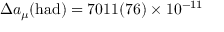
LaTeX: \Delta a _ { \mu } ( \mathrm { h a d } ) = 7 0 1 1 ( 7 6 ) \times 1 0 ^ { - 1 1 }